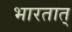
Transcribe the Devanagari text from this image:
भारतात्